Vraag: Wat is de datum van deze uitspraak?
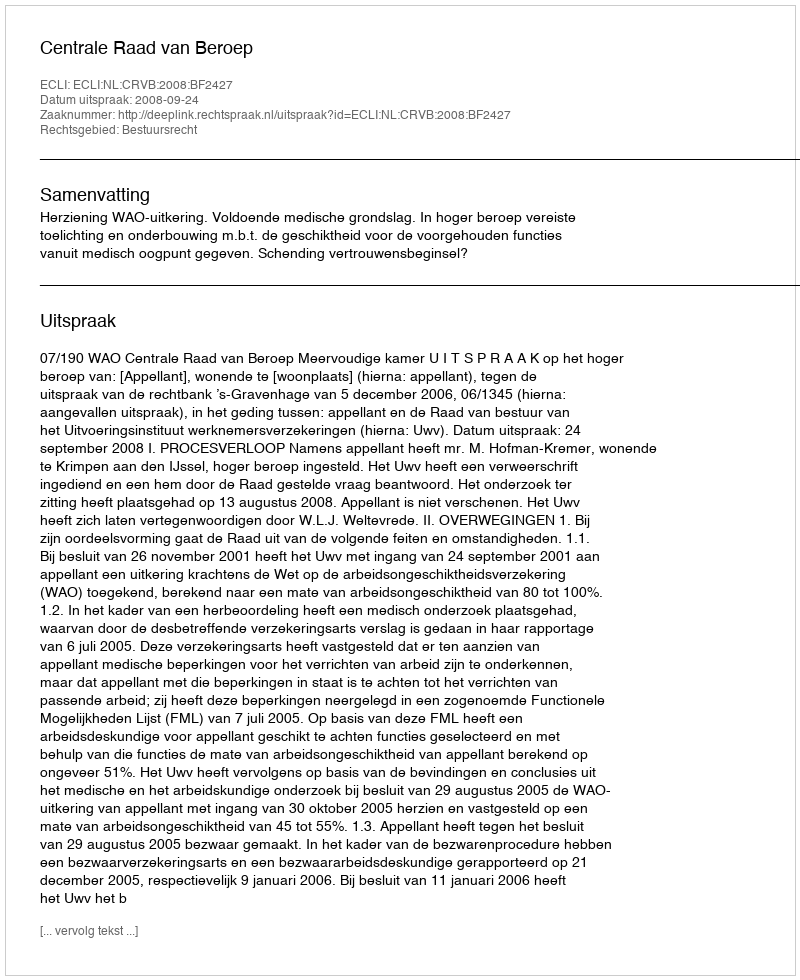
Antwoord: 2008-09-24